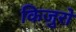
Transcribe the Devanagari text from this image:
किजुरो